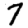
Digit: 7